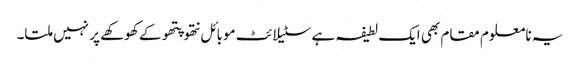
یہ نامعلوم مقام بھی ایک لطیفہ ہے سٹیلائٹ موبائل نتھو پتھو کے کھوکھے پر نہیں ملتا۔